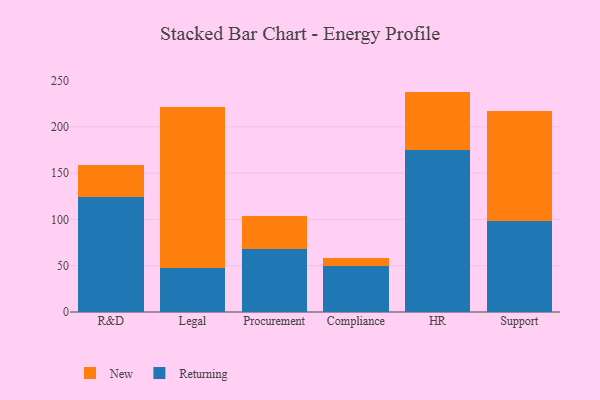
{"axis": {"x": "Department", "y": "Temperature (°C)"}, "legend": ["New", "Returning"], "data": [{"x": "R&D", "y": 124.1, "type": "Returning"}, {"x": "R&D", "y": 34.8, "type": "New"}, {"x": "Legal", "y": 47.6, "type": "Returning"}, {"x": "Legal", "y": 174.0, "type": "New"}, {"x": "Procurement", "y": 68.2, "type": "Returning"}, {"x": "Procurement", "y": 36.0, "type": "New"}, {"x": "Compliance", "y": 49.9, "type": "Returning"}, {"x": "Compliance", "y": 8.5, "type": "New"}, {"x": "HR", "y": 175.0, "type": "Returning"}, {"x": "HR", "y": 63.0, "type": "New"}, {"x": "Support", "y": 98.6, "type": "Returning"}, {"x": "Support", "y": 118.9, "type": "New"}]}